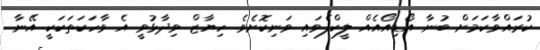
ކުރައްވާކަމަށް ބުނާ އޯޑިއޯއެއް ލީކްފެވައި ވަނިކޮށެވެ. ހިޔާޒް ވިދާޅުވީ އެ ވާހަކަތަކަކީ އޭނާ